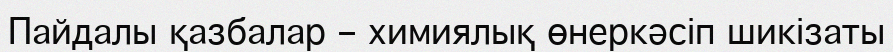
Пайдалы қазбалар – химиялық өнеркәсіп шикізаты